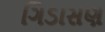
ગિડાસણ